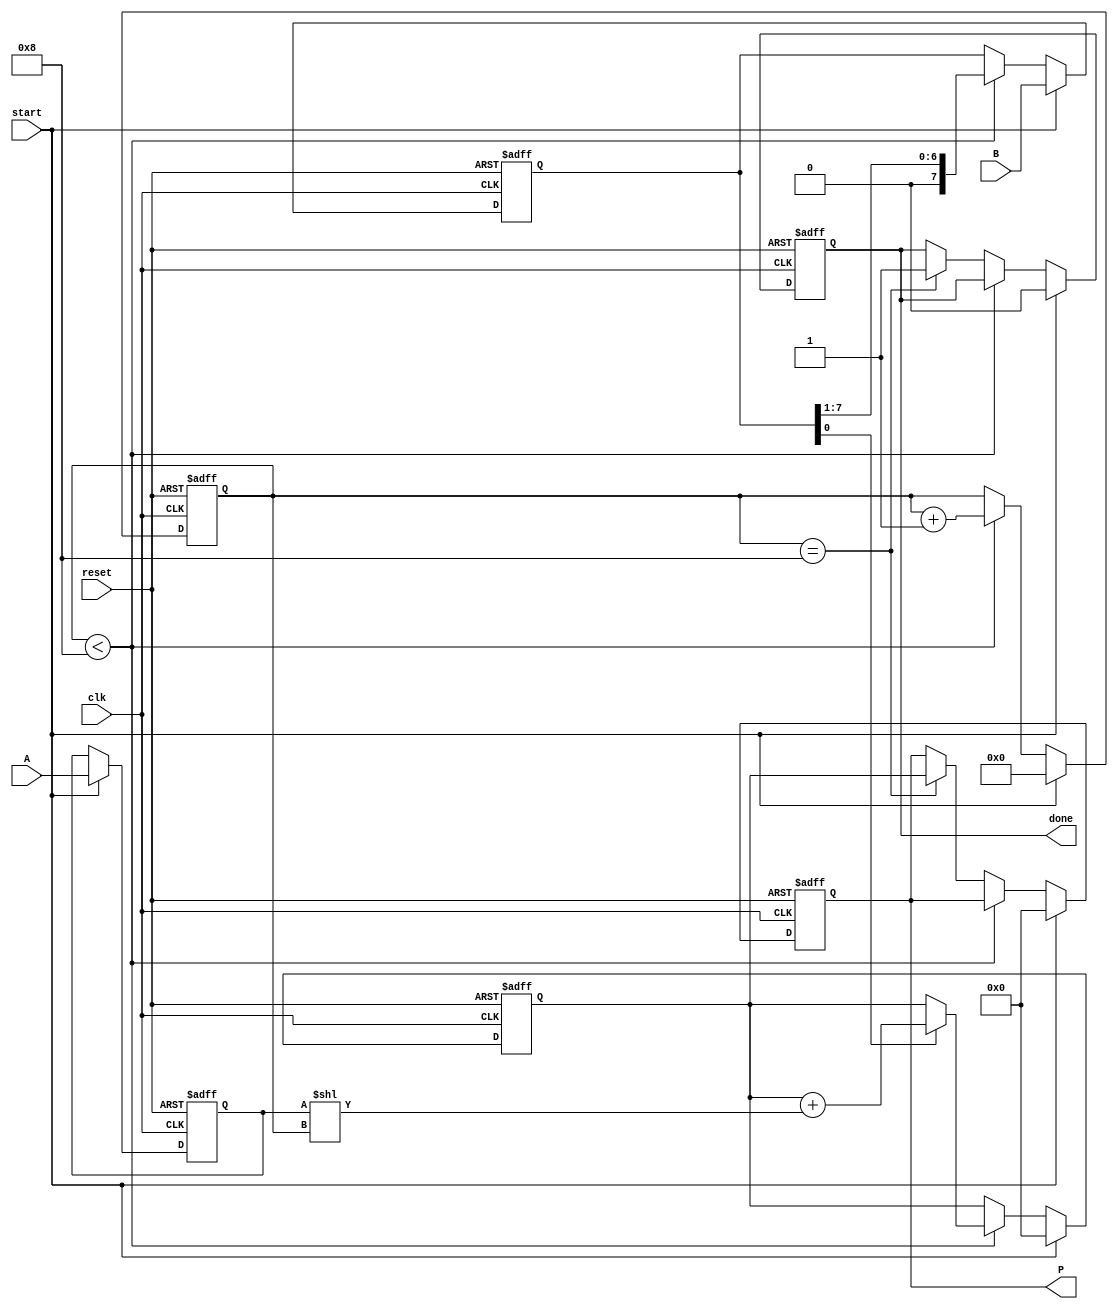
module radix2_multiplier #(
    parameter N = 8 // Using 8-bit numbers for this example
)(
    input wire clk,         // Clock signal
    input wire reset,       // Reset signal
    input wire start,       // Control signal to start multiplication
    input wire [N-1:0] A,   // Multiplicand
    input wire [N-1:0] B,   // Multiplier
    output reg [2*N-1:0] P, // Product
    output reg done         // Done signal
);

// Internal signals
reg [2*N-1:0] partial_product; // Holds the current partial product
reg [N-1:0] multiplier;         // Copy of B to shift
reg [N-1:0] multiplicand;       // Copy of A
reg [3:0] count;                // Bit counter

// Sequential Logic
always @(posedge clk or posedge reset) begin
    if (reset) begin
        P <= 0;
        partial_product <= 0;
        multiplier <= 0;
        multiplicand <= 0;
        count <= 0;
        done <= 0;
    end else if (start) begin
        // Initialize values
        P <= 0;
        partial_product <= 0;
        multiplier <= B;
        multiplicand <= A;
        count <= 0;
        done <= 0;
    end else if (count < N) begin
        if (multiplier[0] == 1'b1) begin
            // Add the shifted multiplicand to the partial product
            partial_product <= partial_product + (multiplicand << count);
        end

        // Shift multiplier for the next bit
        multiplier <= multiplier >> 1;
        count <= count + 1;
    end else if (count == N) begin
        // When all bits are processed, set the product and done signal
        P <= partial_product;
        done <= 1;
    end
end

endmodule